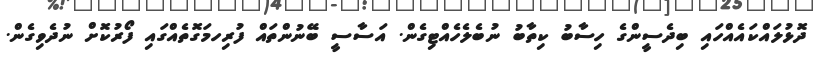
ދޮޅުލައްކައެއްހައި ބިދެސީންގެ ހިސާބު ކިތާބު ނުބެލެހެއްޓިގެން. އަސާސީ ބޭނުންތައް ފުރިހމަގޮތެއްގައި ފޯރުކޮށް ނުދެވިގެން.